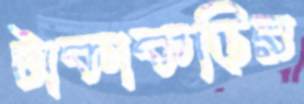
টাকাকড়ির